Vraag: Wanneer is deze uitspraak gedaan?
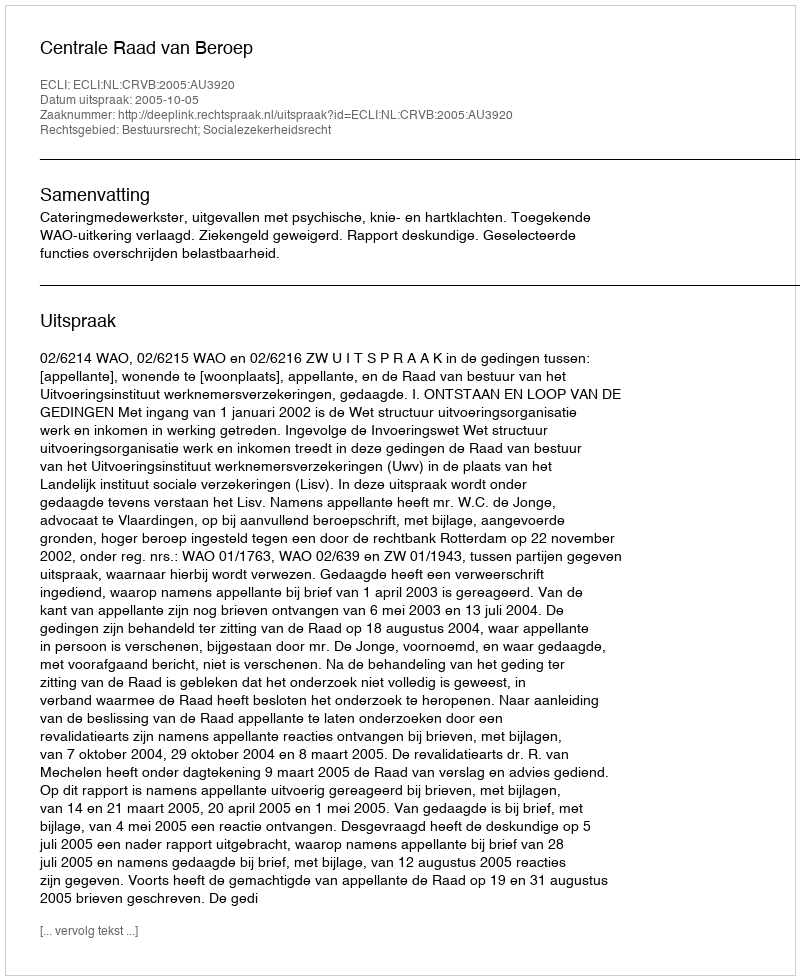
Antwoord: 2005-10-05